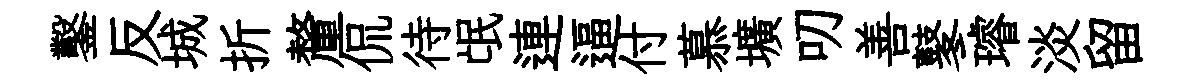
鑿反城折釐侃待氓連逼付慕壙叨善鼕璿淡留